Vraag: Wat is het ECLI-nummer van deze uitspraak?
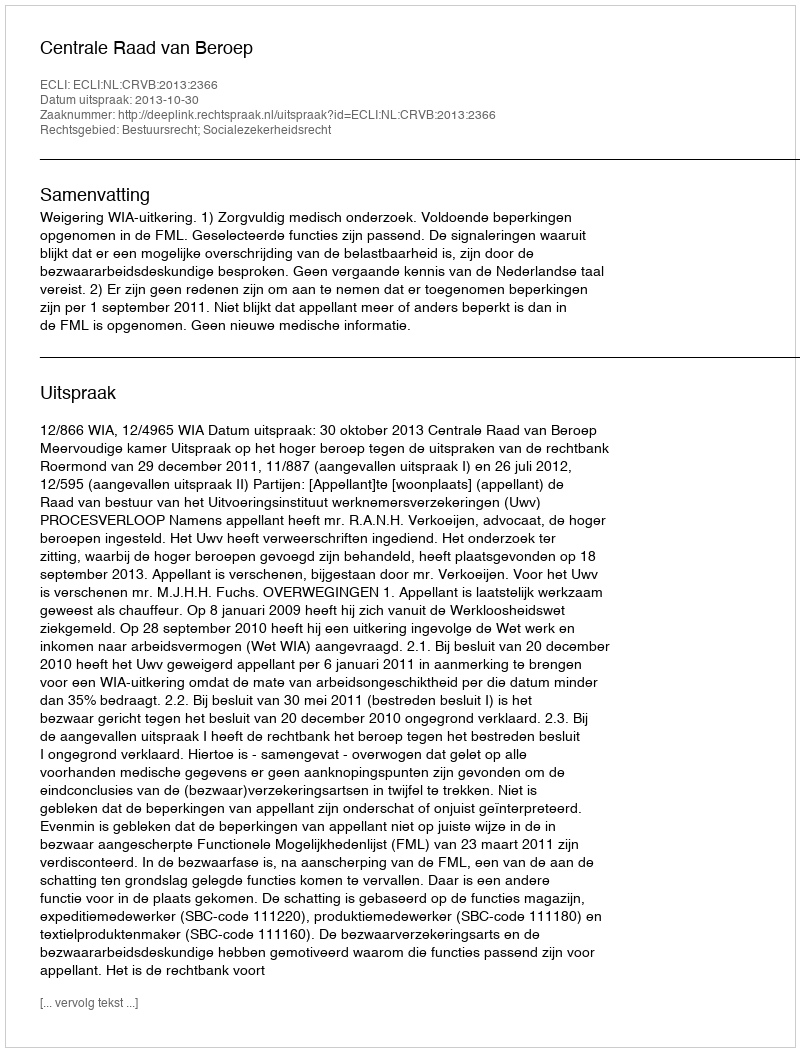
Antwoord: ECLI:NL:CRVB:2013:2366